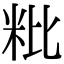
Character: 粃